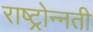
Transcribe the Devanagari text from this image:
राष्ट्रोन्नती